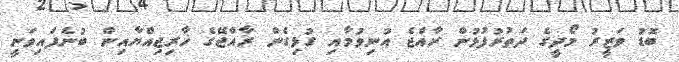
ބޮޑު ވަޒީރު މޯދީގެ ދަތުރުފުޅުން ރާއްޖެ އުނިވުމާއި ގުޅިގެން ރާއްޖޭގެ ޚާރިޖިއްޔާއިން ބުނެފައިވަނީ